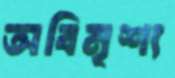
অবিমৃশ্য